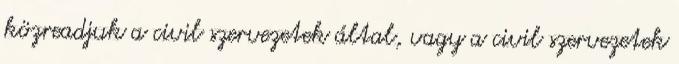
közreadjuk a civil szervezetek által, vagy a civil szervezetek